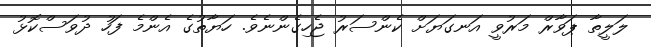
ލަލީތާ ޕަވާރް މަރުވީ އަނގަޔަށް ކެންސަރު ޖެހިގެންނެވެ. ހަޔާތުގެ އެންމެ ފަހު ދުވަސްކޮޅު